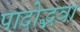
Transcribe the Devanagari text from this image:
पादोद्भवा